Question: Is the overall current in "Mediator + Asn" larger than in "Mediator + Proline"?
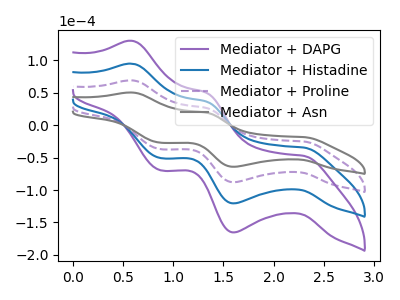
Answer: <think>The purple curve "Mediator + DAPG" has anodic peaks at (0.60V, 207.70uA) (1.35V, 79.90uA) and cathodic peaks at (2.30V, -75.35uA) (1.60V, -263.60uA) (0.85V, -110.80uA). The blue curve "Mediator + Histadine" has anodic peaks at (0.60V, 138.45uA) (1.35V, 53.25uA) and cathodic peaks at (2.30V, -50.20uA) (1.60V, -175.75uA) (0.85V, -73.85uA). The purple dashed curve "Mediator + Proline" has anodic peaks at (0.60V, 69.25uA) (1.35V, 26.65uA) and cathodic peaks at (2.30V, -25.10uA) (1.60V, -87.85uA) (0.85V, -36.95uA). The gray curve "Mediator + Asn" has anodic peaks at (0.60V, 50.50uA) (1.35V, 19.40uA) and cathodic peaks at (2.30V, -18.30uA) (1.60V, -64.05uA) (0.85V, -26.95uA).
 All the peaks in "Mediator + Asn" have a peak in "Mediator + Proline" at the same potential. Every peak in "Mediator + Asn" is lower than every peak in "Mediator + Proline".</think>
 <answer>"Mediator + Asn" has less signal than "Mediator + Proline".</answer>
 <eval>less_signal</eval>